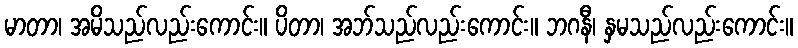
မာတာ၊ အမိသည်လည်းကောင်း။ ပိတာ၊ အဘ်သည်လည်းကောင်း။ ဘဂနီ၊ နှမသည်လည်းကောင်း။